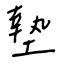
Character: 墊